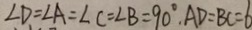
\angle D = \angle A = \angle C = \angle B = 9 0 ^ { \circ } , A D = B C = 6